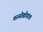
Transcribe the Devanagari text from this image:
वस्त्रोद्योगात